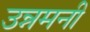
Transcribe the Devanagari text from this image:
उन्नमनी